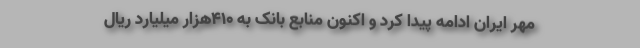
مهر ایران ادامه پیدا کرد و اکنون منابع بانک به 410هزار میلیارد ریال